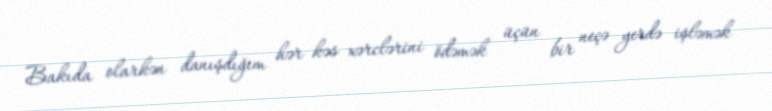
Bakıda olarkən danışdığım hər kəs xərclərini ödəmək üçün bir neçə yerdə işləmək